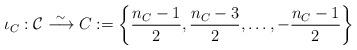
LaTeX: \begin{align*} \iota_C: \mathcal{C} \stackrel{\sim}{\longrightarrow} C:= \left\{\frac{n_C-1}{2} , \frac{n_C-3}{2}, \dots, - \frac{n_C-1}{2} \right\}\end{align*}